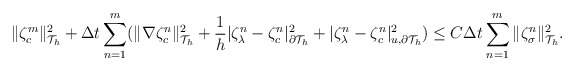
\begin{align*}\begin{aligned}\|\zeta_c^m\|_{\mathcal{T}_h}^2+\Delta t\sum_{n=1}^m(\|\nabla \zeta_c^n\|_{\mathcal{T}_h}^2+\frac{1}{h}|\zeta_\lambda^n-\zeta_c^n|_{\partial\mathcal{T}_h}^2+|\zeta_\lambda^n-\zeta_c^n|_{u,\partial\mathcal{T}_h}^2)\leq C\Delta t\sum_{n=1}^m\|\zeta_\sigma^n\|_{\mathcal{T}_h}^2.\end{aligned}\end{align*}